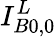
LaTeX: I_{B0,0}^{L}